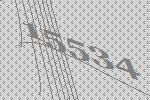
15534